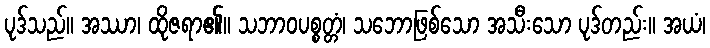
ပုဒ်သည်။ အဿာ၊ ထိုဇရာ၏။ သဘာဝပစ္စတ္တံ၊ သဘောဖြစ်သော အသီးသော ပုဒ်တည်း။ အယံ၊